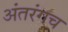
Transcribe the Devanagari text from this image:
अंतरंगच